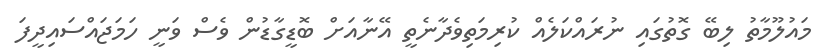
މައުލޫމާތު ލިބޭ ގޮތުގައި ނުރައްކަލެއް ކުރިމަތިވެދާނެތީ އޭނާއަށް ބޮޑީގާޑުން ވެސް ވަނީ ހަމަޖައްސައިދީފަ